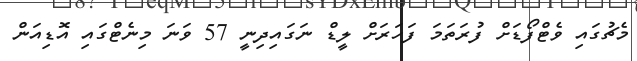
މެޗުގައި ވެޓްފޯޑަށް ފުރަތަމަ ފަހަރަށް ލީޑް ނަގައިދިނީ 57 ވަނަ މިނެޓްގައި އޮޑިއަން